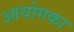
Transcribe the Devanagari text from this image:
आयोगका